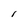
Character: I